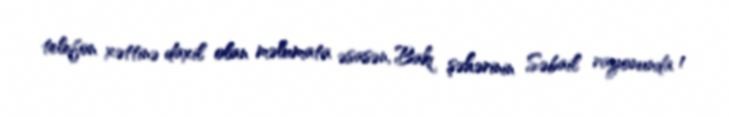
telefon xəttinə daxil olan məlumata əsasən, Bakı şəhərinin Səbail rayonunda 1